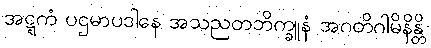
အဋ္ဋကံ ပဌမာပဒါနေ အသညတဘိက္ခူနံ အဂတိဂါမိနိန္တိ